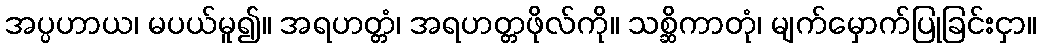
အပ္ပဟာယ၊ မပယ်မူ၍။ အရဟတ္တံ၊ အရဟတ္တဖိုလ်ကို။ သစ္ဆိကာတုံ၊ မျက်မှောက်ပြုခြင်းငှာ။